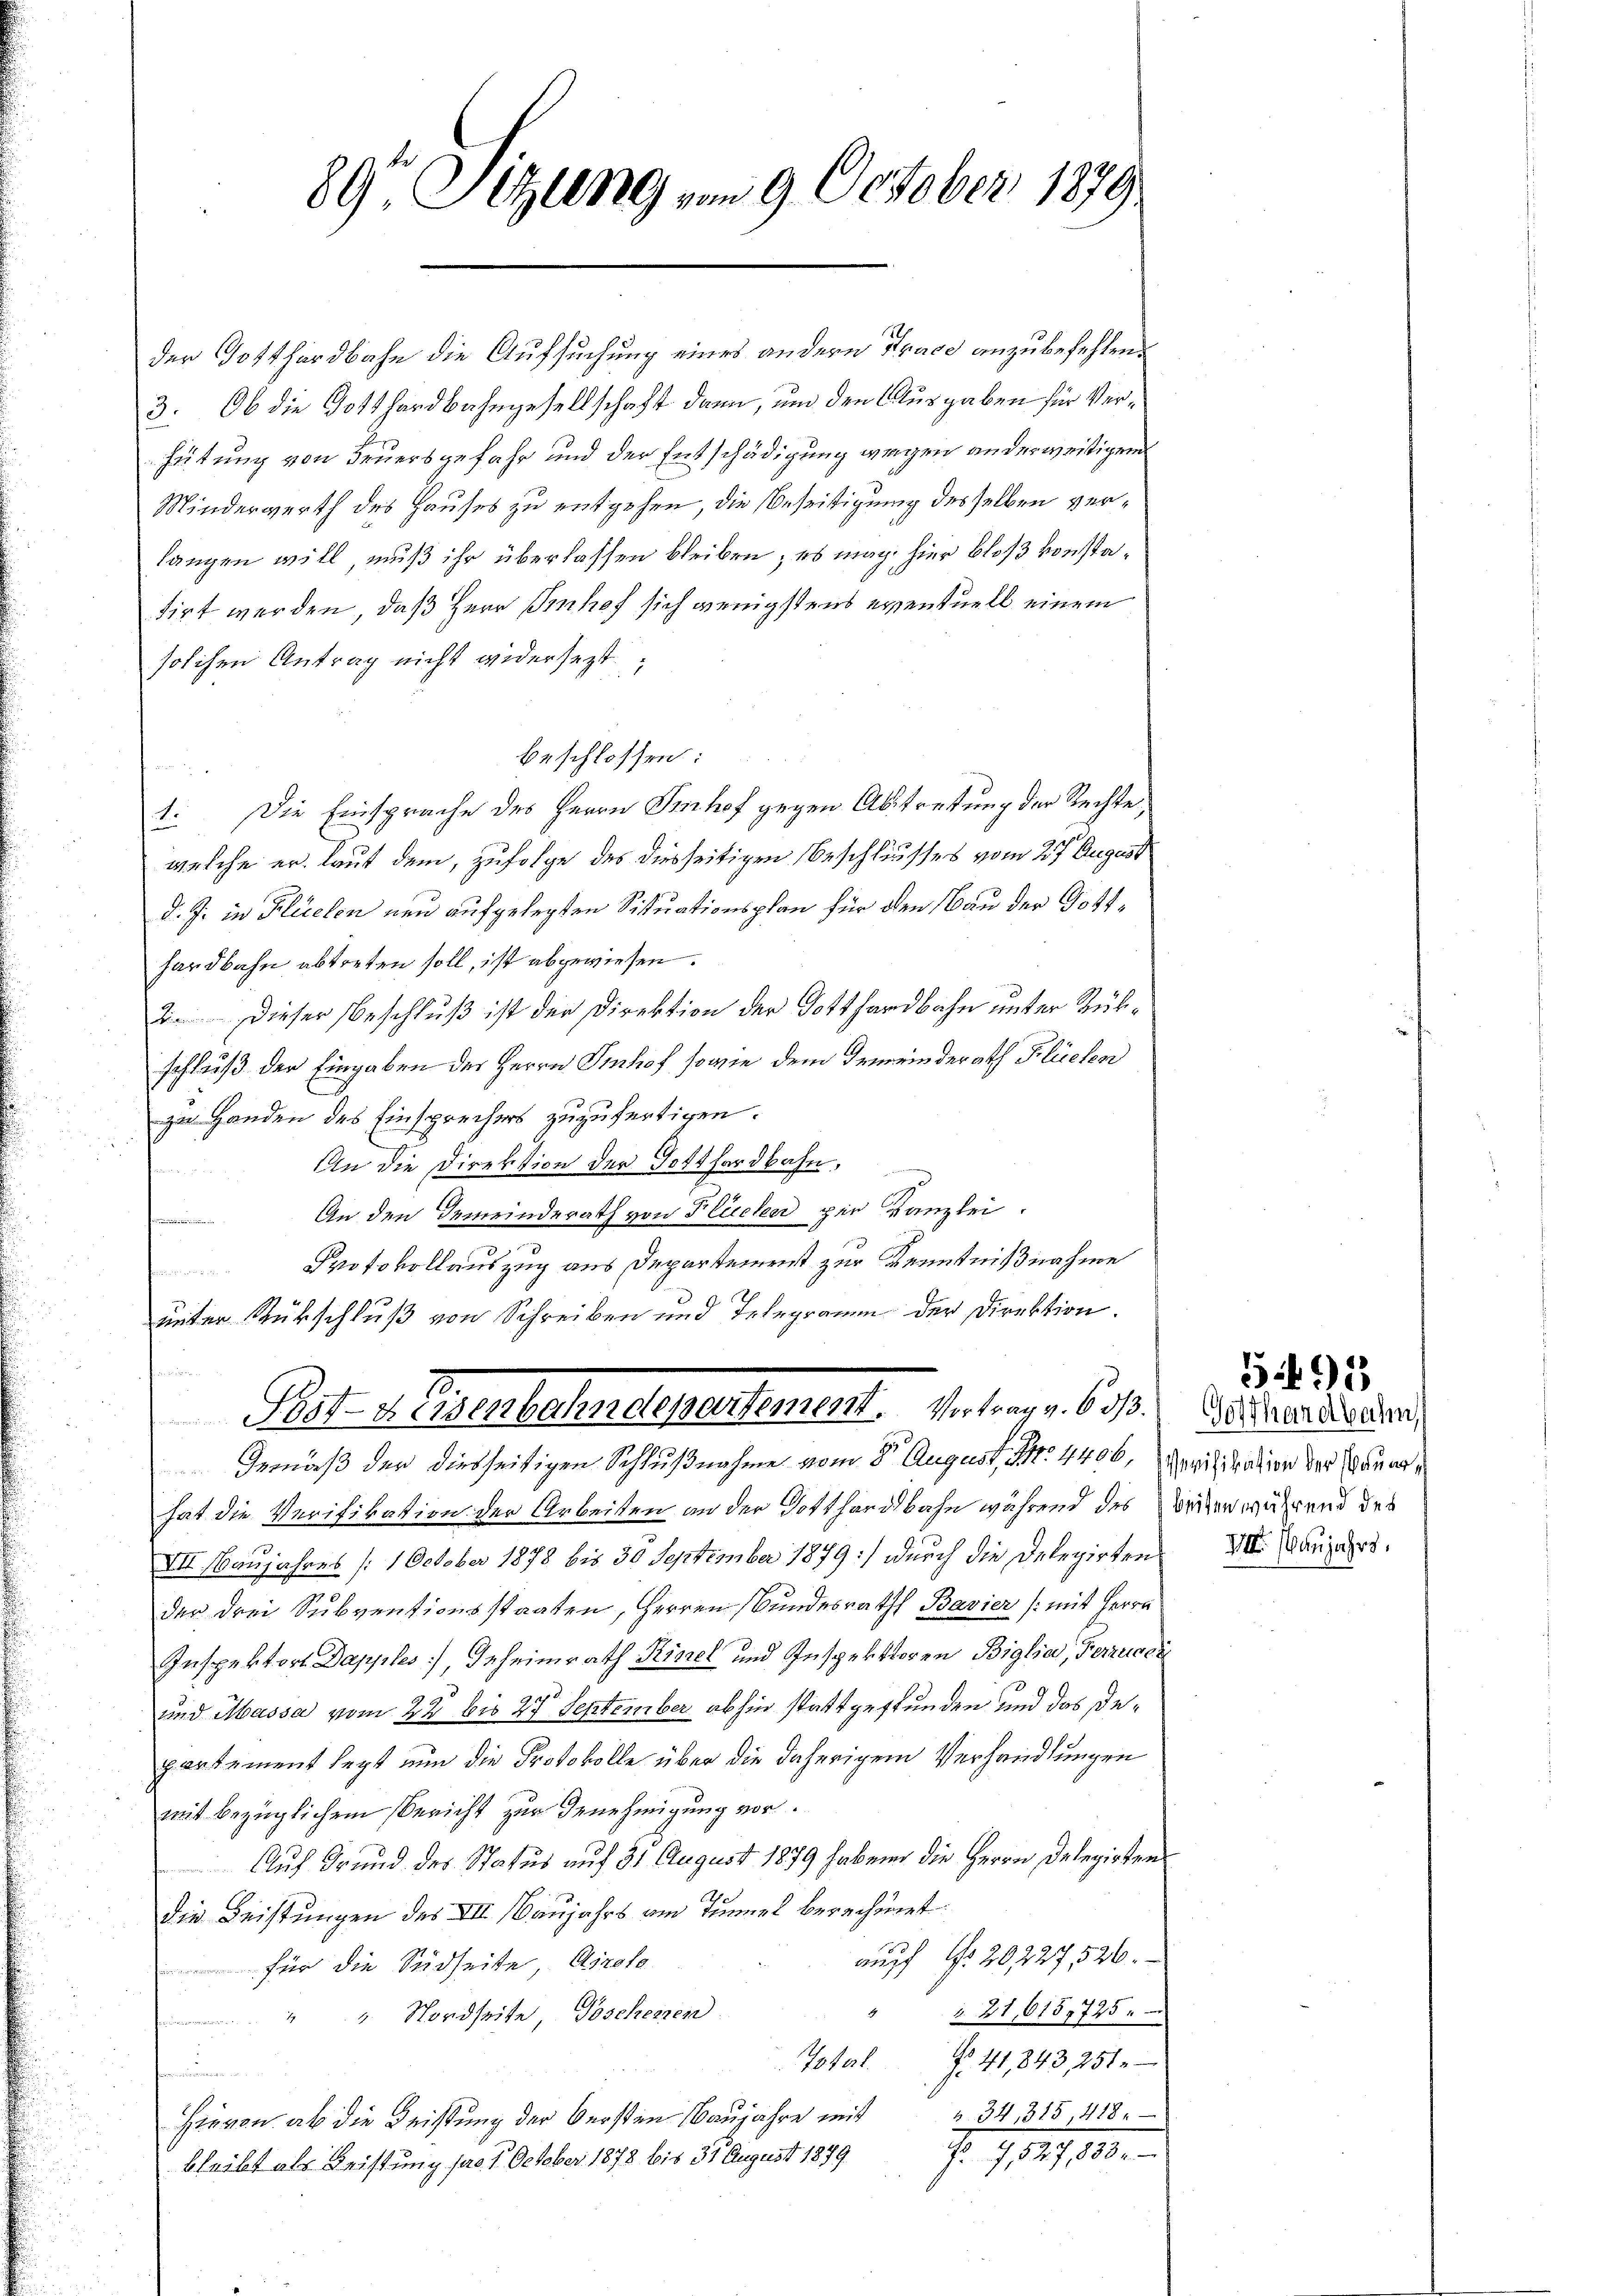
der Gotthardbahn die Aufsuchung eines andern Trace anzubefehlen.
3: Ob die Gotthardbahngesellschaft dann, um den Ausgaben für Verhütung von Feuersgefahr und der Entschädigung wegen anderweitigem
Minderwerth des Hauses zu entgehen, die Beseitigung desselben verlangen will, muß ihr überlassen bleiben; es mag hier bloß konstatirt werden, daß Herr Senhof sich wenigstens eventuell einem
solchen Antrag nicht widersezt
beschlossen:
1. Die Einsprache des Herrn Senhof gegen Abtretung der Rechte,
welche er laut dem, zufolge des diesseitigen Beschlusses vom 27. August
d. J. in Flüelen neu aufgelegten Situationsplan für den Nau der Gotthardbahn abtreten soll, ist abgewiesen.
2 Dieser Beschluß ist der Direktion der Gotthardbahn unter Rükschluß der Eingaben des Herrn Imhof sowie dem Gemeinderath Flüelen
zu Handen des Einsprechers zuzufertigen.
An die Direktion der Gotthardbahn,

An den Gemeinderath von Flüchen per Kanzlei.
t
Protokollauszug aus Departement zur Kenntnißnahme
unter Rückschluß von Schreiben und Telegramm der Direktion.
e
Bed. J. allelerlegessener Antrage
Gemäß der diesseitigen Schlußnahme vom 8. August Nr. 4400, erifikation der Stunde
hat die Verifikation der Arbeiten an der Gotthardbahn während des Weiden während des
VII. Baujahres /:1 October 1878 bis 30 September 1879 durch die Delegirtens anzuers
der drei Subventionsstaaten, Herren Bundesrath Bavier (mit Herrn
Inspektors Dapples], Geheimrath Rimel und Inspektoren Biglia, Ferzusch
und Massa vom 22 bis 27 September abhin stattgestunden und das Departement legt nun die Protokolle über die daherigem Verhandlungen
mit bezüglichem Bericht zur Genehmigung vor.
Auf Grund des Status auf 31 August 1879 habend die Herrn Delegirten
die Leistungen des VII (Baujahrs am Tunnel berechnet:
auff No 20227526.
für die Südseite, Airole
" " 21,6151725 "
44. Nordseite, Poschenen
Total 41,843, 251.
Seestrennen ein
Hievon ab die Leistung der Versten Baŭjahre mit 34, 315, 418.
I. 752, 135.
bleibt als Leistung pro. 1. October 1878 bis 31 August 1889

89te Sitzung vom 9. October 1879

Gotthardbahn

595